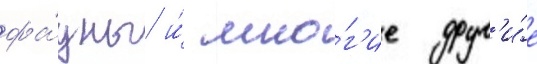
фа́уны и́ мно́г'ие друг'и́е